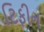
ટિફીન